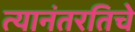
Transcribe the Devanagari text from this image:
त्यानंतरतिचे